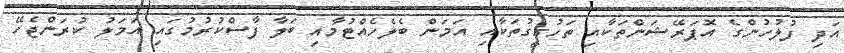
އަދި ފުލުހުންގެ އޮޕަރޭޝަންތަކާއި ތަހުގީގުތަކާއި އަމަން ބެލެހެއްޓުމާއި ބަލާ ފާސްކުރުމުގައި އަމަލު ކުރަންޖެހޭ